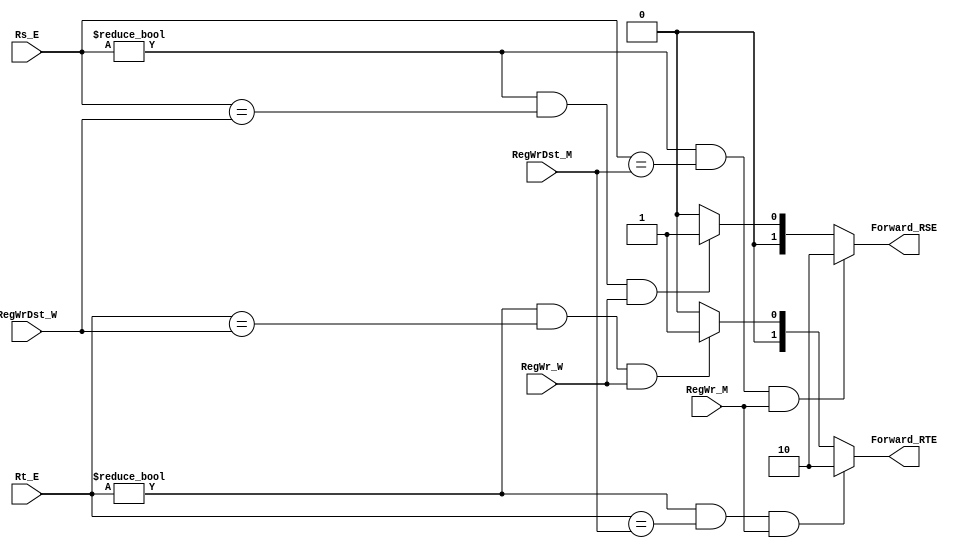
module Forward(Rs_E, Rt_E, RegWrDst_W, RegWr_W, RegWrDst_M, RegWr_M, 
                Forward_RSE, Forward_RTE);  // 
    input[4: 0] Rs_E, Rt_E; // IDRs, Rt
    input[4: 0] RegWrDst_W; // 
    input[4: 0] RegWrDst_M; // Ex_MemRegWrDst_W
    input RegWr_W;    //
    input RegWr_M;    // Ex_MemRegWr_W

    output reg[1: 0] Forward_RSE; //10:Ex 01Wb00
    output reg[1: 0] Forward_RTE; //10:Ex 01Wb00

    reg C_R_EW_Rs, C_R_EW_Rt; //C:RREW: ExWb
    reg C_R_EM_Rs, C_R_EM_Rt; //C:RREM: ExMem

  always @(*) begin
    C_R_EW_Rs = (Rs_E != 0) & (Rs_E == RegWrDst_W) & RegWr_W;   // WbExRs
    C_R_EW_Rt = (Rt_E != 0) & (Rt_E == RegWrDst_W) & RegWr_W;

    C_R_EM_Rs = (Rs_E != 0) & (Rs_E == RegWrDst_M) & RegWr_M;  // ExExRs
    C_R_EM_Rt = (Rt_E != 0) & (Rt_E == RegWrDst_M) & RegWr_M;

    Forward_RSE = C_R_EM_Rs ? 2'b10 : (C_R_EW_Rs ? 2'b01 : 2'b00);
    Forward_RTE = C_R_EM_Rt ? 2'b10 : (C_R_EW_Rt ? 2'b01 : 2'b00);
  end

endmodule